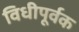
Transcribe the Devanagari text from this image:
विधीपूर्वक